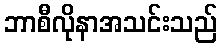
ဘာစီလိုနာအသင်းသည်